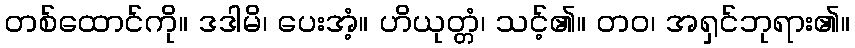
တစ်ထောင်ကို။ ဒဒါမိ၊ ပေးအံ့။ ဟိယုတ္တံ၊ သင့်၏။ တဝ၊ အရှင်ဘုရား၏။